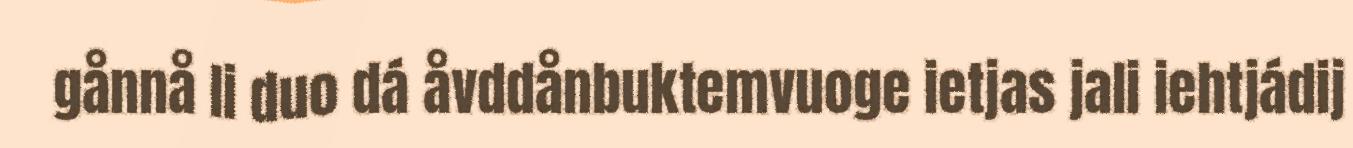
gånnå li duo dá åvddånbuktemvuoge ietjas jali iehtjádij